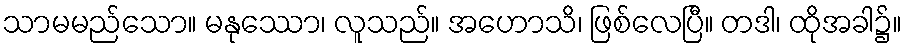
သာမမည်သော။ မနုဿော၊ လူသည်။ အဟောသိ၊ ဖြစ်လေပြီ။ တဒါ၊ ထိုအခါ၌။